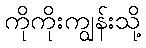
ကိုကိုးကျွန်းသို့